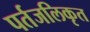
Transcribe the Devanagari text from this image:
पर्तजलिकृत